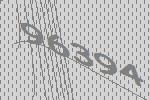
96394